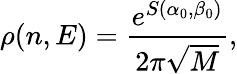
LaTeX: \rho(n,E)=\frac{e^{S(\alpha_{0},\beta_{0})}}{2\pi\sqrt{M}},